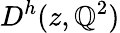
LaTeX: D^{h}(z,\mathbb{Q}^{2})